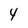
Character: 4